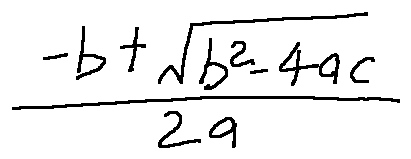
\frac { - b + \sqrt { b ^ { 2 } - 4 a c } } { 2 a }